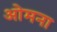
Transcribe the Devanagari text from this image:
ओमना